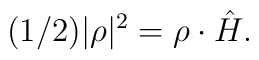
(1/2)|\rho|^{2}={\rho}\cdot\hat{H}.